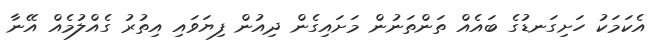
އެކަމަކު ހަށިގަނޑުގެ ބައެއް ތަންތަނުން މަށައިގެން ދިއުން ފިޔަވައި އިތުރު ގެއްލުމެއް އޭނާ